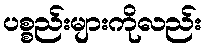
ပစ္စည်းများကိုလည်း